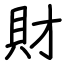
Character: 財